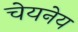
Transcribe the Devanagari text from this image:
चेयनेय